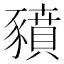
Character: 豶